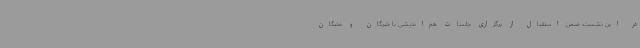
در این نشست، ضمن استقبال از برگزاری جلسات هم‌اندیشی با خبرگان و نخبگان